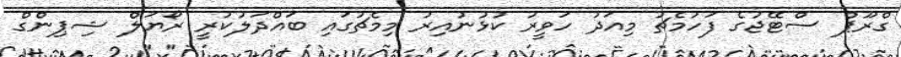
ގްރޫޕް ސްޓޭޖުގެ ފަހުމެޗު މިއަދު ހަވީރު ކުޅުނުއިރު މިމެޗުގައި ބައްދަލުކުރީ ރޯޔަލް ޝިޕިންގް